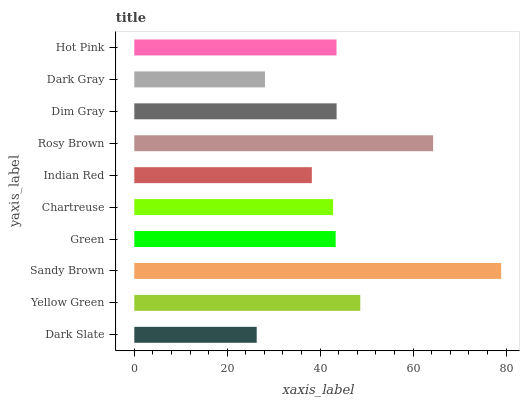
| yaxis_label | bars |
 | --- | --- |
 | Dark Slate | 26.3 |
 | Yellow Green | 48.6 |
 | Sandy Brown | 79 |
 | Green | 43.3 |
 | Chartreuse | 42.8 |
 | Indian Red | 38.2 |
 | Rosy Brown | 64.3 |
 | Dim Gray | 43.5 |
 | Dark Gray | 28.1 |
 | Hot Pink | 43.5 |